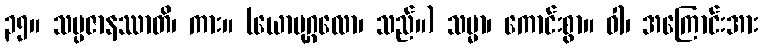
၃၅။ သမ္ပဇာနဿာတိ၊ ကား။ (ယောပုဂ္ဂလော၊ သည်။) သမ္မာ၊ ကောင်းစွာ။ ဝါ၊ အကြောင်းအား